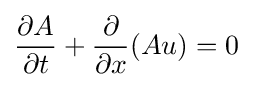
{{\partial }A \over {\partial }t}+{{\partial } \over {\partial }x}(Au)=0